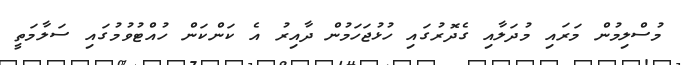
މުސްލިމުން މަރައި މުދަލާއި ގެދޮރުގައި ހުޅުޖަހަމުން ދާއިރު އެ ކަންކަން ހުއްޓުވުމުގައި ސަލާމަތީ